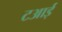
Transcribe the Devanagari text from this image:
टआई